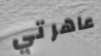
عاهرتي